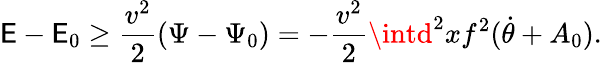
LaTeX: \mathsf{E}-\mathsf{E}_{0}\ge\frac{{v^{2}}}{{2}}(\Psi-\Psi_{0})=-\frac{{v^{2}}}{{2}}\intd^{2}xf^{2}(\dot{{\theta}}+A_{0}).